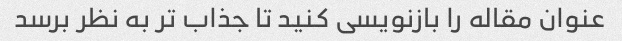
عنوان مقاله را بازنویسی کنید تا جذاب تر به نظر برسد